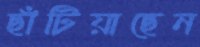
ছাঁটিয়াছেন